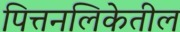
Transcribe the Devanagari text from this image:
पित्तनलिकेतील